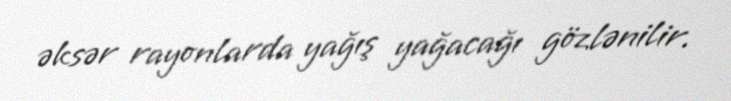
əksər rayonlarda yağış yağacağı gözlənilir.